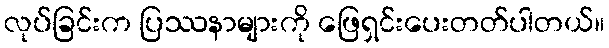
လုပ်ခြင်းက ပြဿနာများကို ဖြေရှင်းပေးတတ်ပါတယ်။